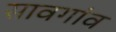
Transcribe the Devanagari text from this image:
सावगांव